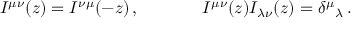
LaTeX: \begin{array} { c c } { { I ^ { \mu \nu } ( z ) = I ^ { \nu \mu } ( - z ) \, , ~ ~ ~ ~ } } & { { ~ ~ ~ ~ I ^ { \mu \nu } ( z ) I _ { \lambda \nu } ( z ) = \delta ^ { \mu } { } _ { \lambda } \, . } } \end{array}